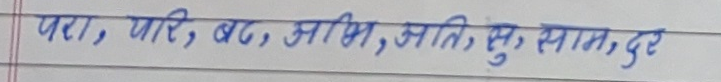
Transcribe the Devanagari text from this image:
परा, परि, बद, अभि, अति, सु, साम, दुर